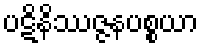
ပဋိနိဿဇ္ဇနပစ္စယာ